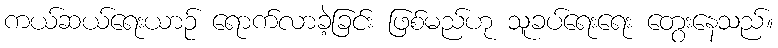
ကယ်ဆယ်ရေးယာဉ် ရောက်လာခဲ့ခြင်း ဖြစ်မည်ဟု သူခပ်ရေးရေး တွေးနေသည်။